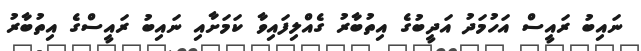
ނައިބު ރައީސް އަހުމަދު އަދީބުގެ އިތުބާރު ގެއްލިފައިވާ ކަމަށާއި ނައިބު ރައީސްގެ އިތުބާރު